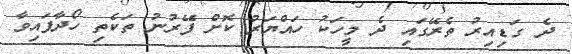
ދެ ގަޑިއިރު ތެރޭގައި ދެ މީހަކު ހައްޔަރު ކޮށް ފޭރުނު ތަކެތި ހޯދާފައިވާ